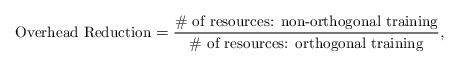
LaTeX: \begin{align*} \small\textrm{Overhead Reduction} = \frac{\textrm{\# of resources: non-orthogonal training}}{\textrm{\# of resources: orthogonal training}} ,\end{align*}